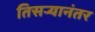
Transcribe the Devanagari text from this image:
तिसऱ्यानंतर